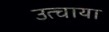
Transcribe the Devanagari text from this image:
उत्चाया